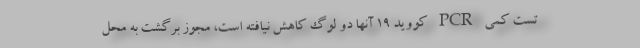
تست کمی PCR کووید ۱۹ آنها دو لوگ کاهش نیافته است، مجوز برگشت به محل